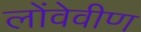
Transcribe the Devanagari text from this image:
लोंवेवीण